Annual report on the working of the lock hospitals in the Central Provinces
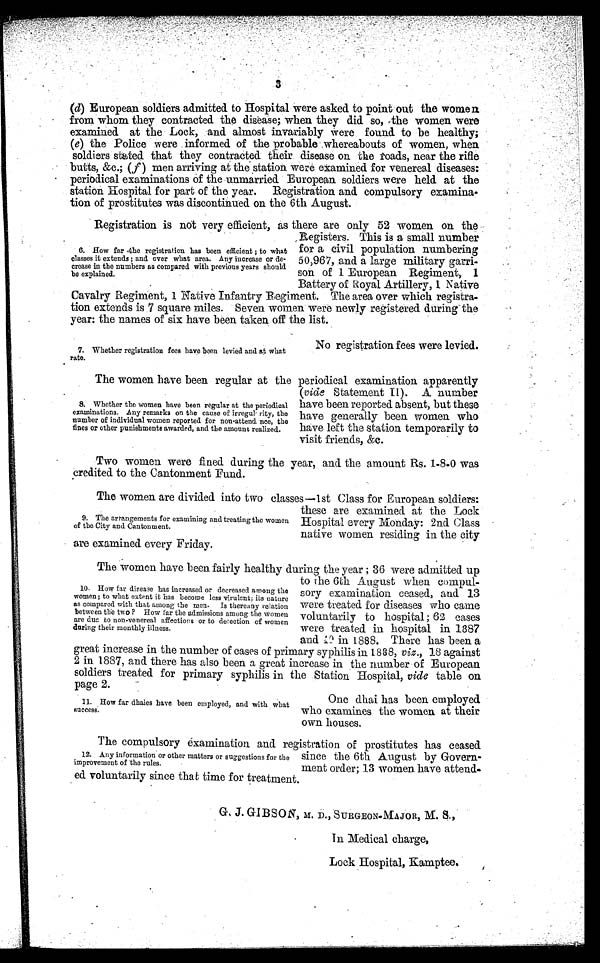
9. The arrangements for examining and treating the women
of the City and Cantonment.
11. How far dhaies have been employed, and with what
success.
3
(d) European soldiers admitted to Hospital were asked to point out the women
from whom they contracted the disease; when they did so, the women were
examined at the Lock, and almost invariably were found to be healthy;
(e) the Police were informed of the probable whereabouts of women, when
soldiers stated that they contracted their disease on the roads, near the rifle
butts, &c.; ( f ) men arriving at the station were examined for venereal diseases:
periodical examinations of the unmarried European soldiers were held at the
station Hospital for part of the year. Registration and compulsory examina-
tion of prostitutes was discontinued on the 6th August.
Registration is not very efficient, as there are only 52 women on the
Registers. This is a small number
for a civil population numbering
50,967, and a large military garri-
son of 1 European Regiment, 1
Battery of Royal Artillery, 1 Native
Cavalry Regiment, 1 Native Infantry Regiment. The area over which registra-
tion extends is 7 square miles. Seven. women were newly registered during the
year: the names of six have been taken off the list.
6. How far the registration has been efficient ; to what
classes it extends ; and over what area. Any increase or de-
crease in the numbers as compared with previous years should
be explained.
7. Whether registration fees have been levied and at what
rate.
No registration fees were levied.
The women have been regular at the periodical examination apparently
(vide Statement II). A number
have been reported absent, but these
have generally been women who
have left the station temporarily to
visit friends, &c.
8. Whether the women have been regular at the periodical
examinations. Any remarks on the cause of irregularity, the
number of individual women reported for non-attendance, the
fines or other punishments awarded, and the amount realized.
Two women were fined during the year, and the amount Rs. 1-8-0 was
credited to the Cantonment Fund.
The women have been fairly healthy during the year ; 36 were admitted up
to the 6th August when compul-
sory examination ceased, and 13
were treated for diseases who came
voluntarily to hospital ; 62 cases
were treated in hospital in 1887
and 49 in 1888. There has been a
great increase in the number of cases of primary syphilis in 1888, viz., 18 against
2 in 1887, and there has also been a great increase in the number of European
soldiers treated for primary syphilis in the Station Hospital, vide table on.
page 2.
The women are divided into two classes—1st Class for European soldiers:
these are examined at the Lock
Hospital every Monday: 2nd. Class
native women residing in the city
are examined every Friday.
One dhai has been employed
who examines the women at their
own houses.
The compulsory examination and registration of prostitutes has ceased
since the 6th August by Govern-
ment order; 13 women have attend
-ed voluntarily since that time for treatment.
12. Any information or other matters or suggestions for the
improvement of the rules.
G. J. GIBSON, M. D., SURGEON-MAJOR, M. S.,
In Medical charge,
Lock Hospital, Kamptee.
10. How far disease has increased or decreased among the
women; to what extent it has become less virulent; its nature
as compared with that among the men. Is thereany relation
between the two? How far the admissions among the women
a r e d u e t o n o n - v e n e r e a l a f f e c t i o n s o r t o d e t e c t i o n o f w o m e n
during their monthly illness.